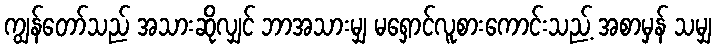
ကျွန်တော်သည် အသားဆိုလျှင် ဘာအသားမျှ မရှောင်လူစားကောင်းသည့် အစာမှန် သမျှ